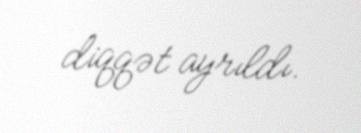
diqqət ayrıldı.